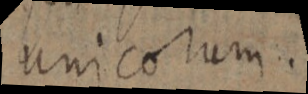
unicorum.